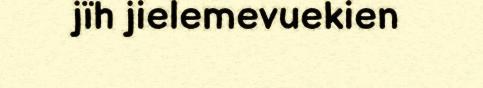
jïh jielemevuekien